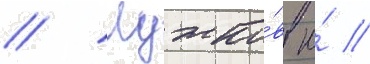
// Лужко́в ю́ //